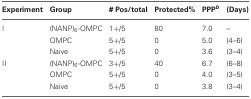
| Experiment | Group | # Pos/total | Protected% | PPPb | (Days) |
 | --- | --- | --- | --- | --- | --- |
 | I | (NANP)6-OMPC | 1+/5 | 80 | 7.0 | – |
 |  | OMPC | 5+/5 | 0 | 5.0 | (4–6) |
 |  | Naive | 5+/5 | 0 | 3.6 | (3–4) |
 | II | (NANP)6-OMPC | 3+/5 | 40 | 6.7 | (6–8) |
 |  | OMPC | 5+/5 | 0 | 4.0 | (3–5) |
 |  | Naive | 5+/5 | 0 | 3.8 | (3–4) |